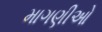
માગણીઓ